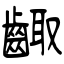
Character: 齱